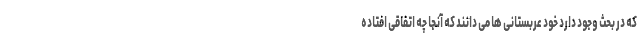
که در بحث وجود دارد خود عربستانی ها می دانند که آنجا چه اتفاقی افتاده